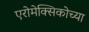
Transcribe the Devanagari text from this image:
एरोमेक्सिकोच्या